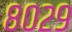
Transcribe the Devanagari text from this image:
८०२९